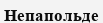
Непапольде